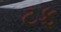
ટફ